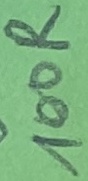
Text: 100R